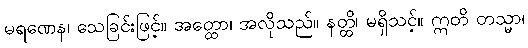
မရဏေန၊ သေခြင်းဖြင့်။ အတ္ထော၊ အလိုသည်။ နတ္ထိ၊ မရှိသင့်။ ဣတိ တသ္မာ၊